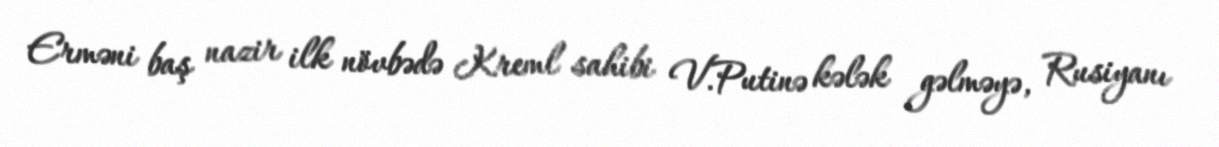
Erməni baş nazir ilk növbədə Kreml sahibi V.Putinə kələk gəlməyə, Rusiyanı